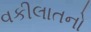
વકીલાતનો